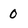
Character: 0